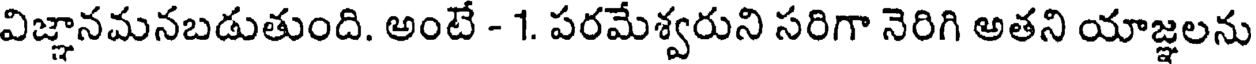
విజ్ఞానమనబడుతుంది. అంటే - 1. పరమేశ్వరుని సరిగా నెరిగి అతని యాజ్ఞలను